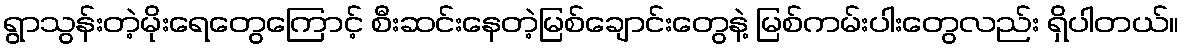
ရွာသွန်းတဲ့မိုးရေတွေကြောင့် စီးဆင်းနေတဲ့မြစ်ချောင်းတွေနဲ့ မြစ်ကမ်းပါးတွေလည်း ရှိပါတယ်။